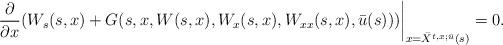
LaTeX: \begin{align*}\left. \frac{\partial}{\partial x}(W_{s}(s,x)+G(s,x,W(s,x),W_{x}(s,x),W_{xx}(s,x),\bar{u}(s)))\right\vert _{x=\bar{X}^{t,x;\bar{u}}(s)}=0.\end{align*}